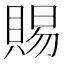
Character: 賜